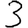
Digit: 3